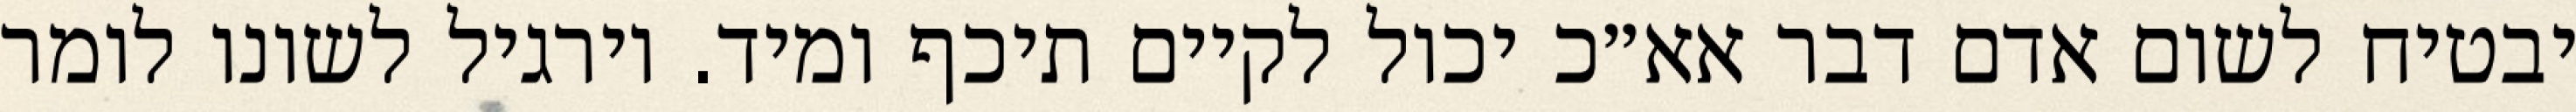
יבטיח לשום אדם דבר אא״כ יכול לקיים תיכף ומיד. וירגיל לשונו לומר